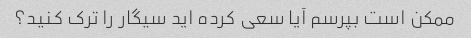
ممکن است بپرسم آیا سعی کرده اید سیگار را ترک کنید؟